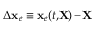
\Delta { \bf x } _ { e } \equiv { \bf x } _ { e } ( t , \! { \bf X } \! ) - \! { \bf X }